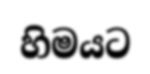
හිමයට